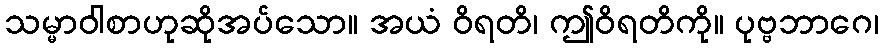
သမ္မာဝါစာဟုဆိုအပ်သော။ အယံ ဝိရတိ၊ ဤဝိရတိကို။ ပုဗ္ဗဘာဂေ၊